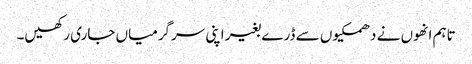
تاہم انھوں نے دھمکیوں سے ڈرے بغیر اپنی سرگرمیاں جاری رکھیں۔